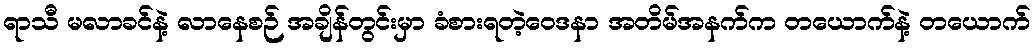
ရာသီ မလာခင်နဲ့ လာနေစဉ် အချိန်တွင်းမှာ ခံစားရတဲ့ဝေဒနာ အတိမ်အနက်က တယောက်နဲ့ တယောက်